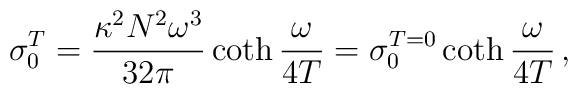
\sigma_0^T = \frac{\kappa^2 N^2 \omega^3}{32 \pi}\coth{\frac{\omega}{4T}} = \sigma_0^{T=0}\coth{\frac{\omega}{4T}}\,,